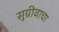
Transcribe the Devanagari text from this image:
सुग्रीवाचा